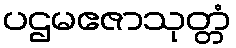
ပဌမဧဇာသုတ္တံ